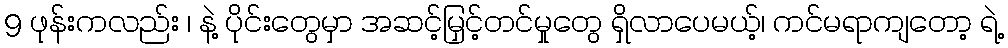
9 ဖုန်းကလည်း ၊ နဲ့ ပိုင်းတွေမှာ အဆင့်မြှင့်တင်မှုတွေ ရှိလာပေမယ့်၊ ကင်မရာကျတော့ ရဲ့